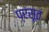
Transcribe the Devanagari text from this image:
प्रसूतं